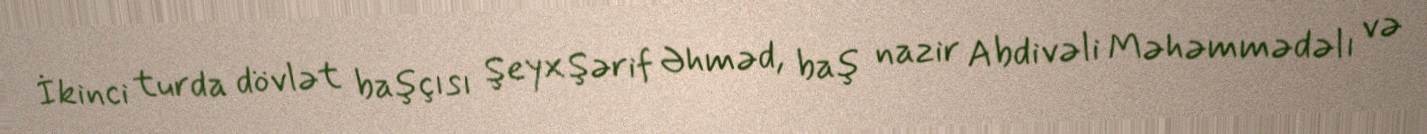
İkinci turda dövlət başçısı Şeyx Şərif Əhməd, baş nazir Abdivəli Məhəmmədəlı və